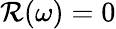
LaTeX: \mathcal{R}(\omega)=0